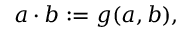
a \cdot b : = g ( a , b ) ,